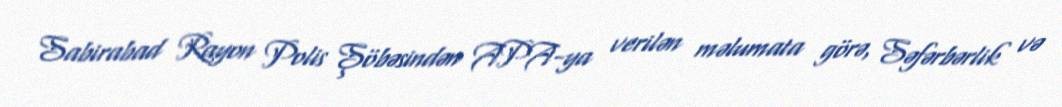
Sabirabad Rayon Polis Şöbəsindən APA-ya verilən məlumata görə, Səfərbərlik və